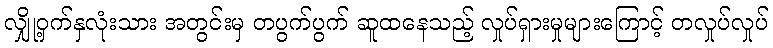
လျှို့ဝှက်နှလုံးသား အတွင်းမှ တပွက်ပွက် ဆူထနေသည့် လှုပ်ရှားမှုများကြောင့် တလှုပ်လှုပ်